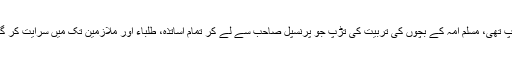
ایک تڑپ تھی، مسلم امہ کے بچوں کی تربیت کی تڑپ جو پرنسپل صاحب سے لے کر تمام اساتذہ، طلباء اور ملازمین تک میں سرایت کر گئی تھی۔